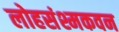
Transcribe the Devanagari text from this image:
लोहसंश्मकवन